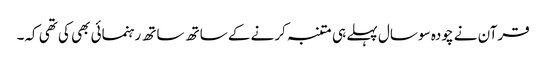
قرآن نے چودہ سو سال پہلے ہی متنبہ کرنے کے ساتھ ساتھ رہنمائی بھی کی تھی کہ۔